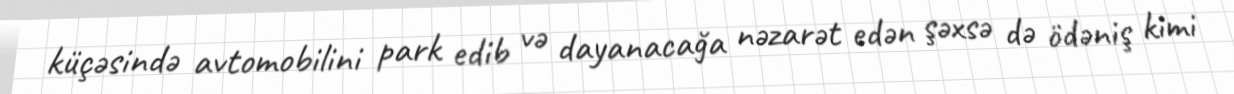
küçəsində avtomobilini park edib və dayanacağa nəzarət edən şəxsə də ödəniş kimi